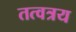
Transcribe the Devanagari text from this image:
तत्वत्रय